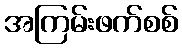
အကြမ်းဖက်စစ်